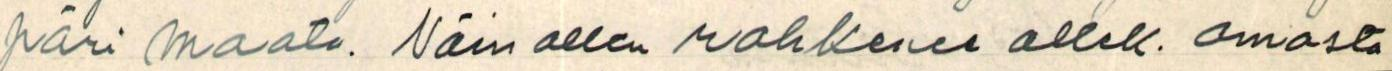
päri maata. Näin ollen rohkenen allek. omasta